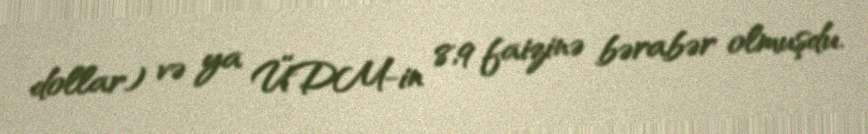
dollar) və ya ÜDM-in 8,9 faizinə bərabər olmuşdu.